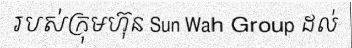
របស់ក្រុមហ៊ុន Sun Wah Group ដល់